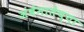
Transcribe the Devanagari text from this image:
अंबेमातेच्या